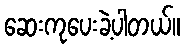
ဆေးကုပေးခဲ့ပါတယ်။